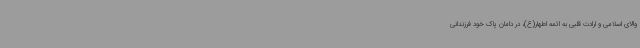
والای اسلامی و ارادت قلبی به ائمه اطهار(ع)، در دامان پاک خود فرزندانی